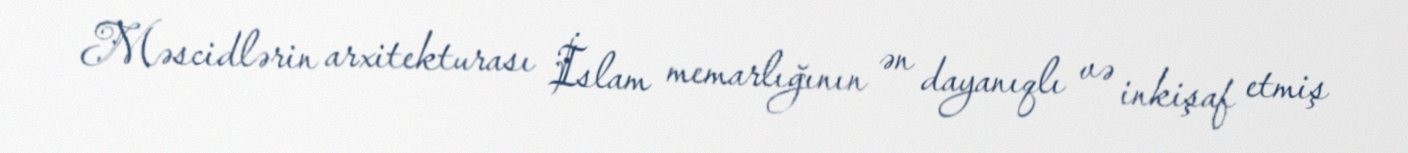
Məscidlərin arxitekturası İslam memarlığının ən dayanıqlı və inkişaf etmiş